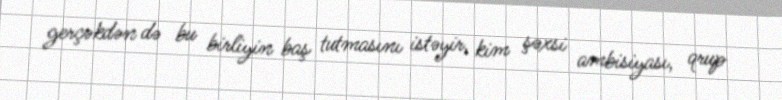
gerçəkdən də bu birliyin baş tutmasını istəyir, kim şəxsi ambisiyası, qrup